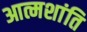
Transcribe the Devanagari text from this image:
आत्मशांति